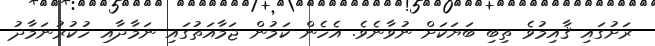
ރަށުގައި ޤާއިމުވެ ތިބި ބަޔަކަށް ނުވާނެވެ. އެހެން ކަމުން ޖަމާއަތުގައި ނަމާދާއި ހުކުރުނަމާދު